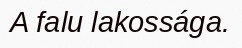
A falu lakossága.